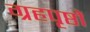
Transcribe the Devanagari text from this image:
ग्रहपृष्ठों